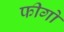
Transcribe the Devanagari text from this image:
फीगो